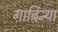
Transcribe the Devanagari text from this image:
गार्बिन्या